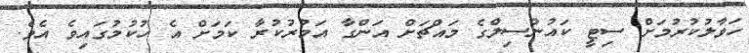
ހަވާލުކުރުމަށް ސިޓީ ކައުންސިލްގެ މައްޗަށް އަންގާ އަމުރުކުރާ ކަމަށް އެ ހުކުމުގައިވެ އެވެ.